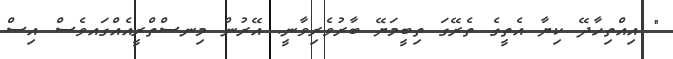
" އިއްތިހާދޭ ކިޔާ އެތީގެ ތެރޭގަ ތިބީމަޔޭ ބާރުވެރިވާނީ. އޭރުން މިނސްތްރީއެއްގައވެސް އިސް